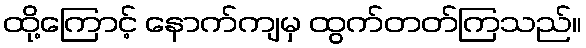
ထို့ကြောင့် နောက်ကျမှ ထွက်တတ်ကြသည်။